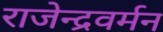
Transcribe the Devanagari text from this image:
राजेन्द्रवर्मन